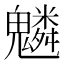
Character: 𩴠